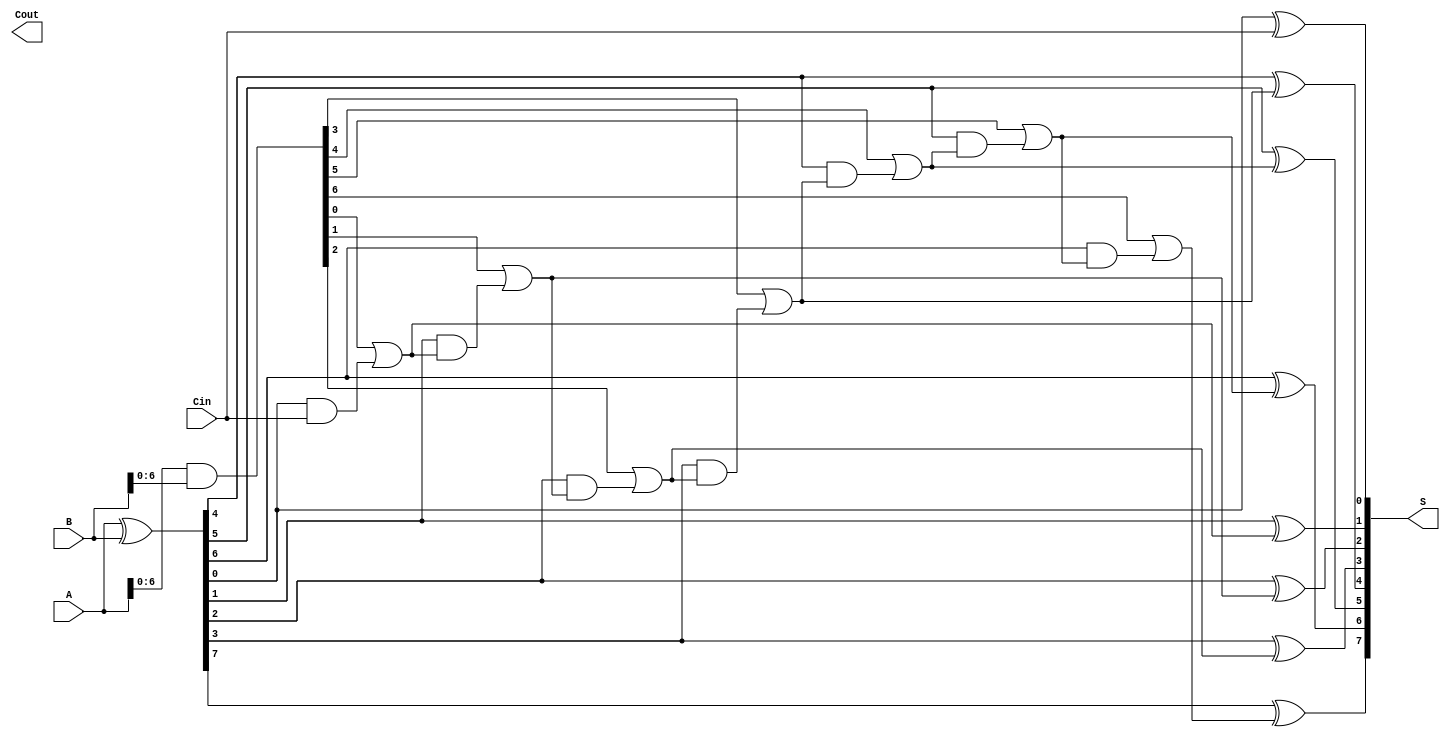
module KoggeStoneAdder #(parameter N = 8) (
    input [N-1:0] A,      // First operand
    input [N-1:0] B,      // Second operand
    input Cin,            // Carry-in
    output [N-1:0] S,     // Sum output
    output Cout           // Carry-out
);
    // Generate and propagate signals
    wire [N-1:0] G;  // Generate signals
    wire [N-1:0] P;  // Propagate signals
    wire [N:0] C;    // Carry signals

    // Preprocessing stage
    assign G = A & B;        // Generate signals
    assign P = A ^ B;        // Propagate signals

    // Carry generation stage
    assign C[0] = Cin;       // Initial carry-in

    genvar i, j, k;
    generate
        for (i = 0; i < N; i = i + 1) begin : carry_generation
            if (i > 0) begin
                assign C[i] = G[i-1] | (P[i-1] & C[i-1]); // Carry generation
            end
        end
    endgenerate

    // Sum generation stage
    generate
        for (j = 0; j < N; j = j + 1) begin : sum_generation
            assign S[j] = P[j] ^ C[j]; // Sum calculation
        end
    endgenerate

    // Carry-out
    assign Cout = C[N]; // Final carry-out

endmodule